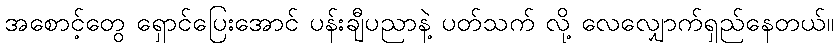
အစောင့်တွေ ရှောင်ပြေးအောင် ပန်းချီပညာနဲ့ ပတ်သက် လို့ လေလျှောက်ရှည်နေတယ်။